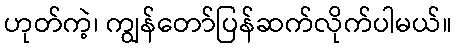
ဟုတ်ကဲ့၊ ကျွန်တော်ပြန်ဆက်လိုက်ပါမယ်။